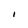
Character: I